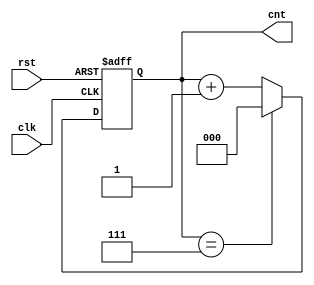
module modulus_counter #(
    parameter N = 8  // Modulus value, configurable (N should be a positive integer)
)(
    input wire clk,    // Clock input
    input wire rst,    // Asynchronous reset input
    output reg [$clog2(N)-1:0] cnt  // Output count, width determined by N
);

    // Always block triggered on the rising edge of the clock or reset
    always @(posedge clk or posedge rst) begin
        if (rst) begin
            cnt <= 0;  // Reset count to 0
        end else begin
            if (cnt == N-1) begin
                cnt <= 0;  // Wrap around to 0 after reaching N-1
            end else begin
                cnt <= cnt + 1;  // Increment count
            end
        end
    end

endmodule